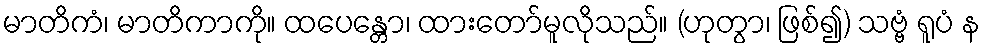
မာတိကံ၊ မာတိကာကို။ ထပေန္တော၊ ထားတော်မူလိုသည်။ (ဟုတွာ၊ ဖြစ်၍) သဗ္ဗံ ရူပံ န